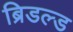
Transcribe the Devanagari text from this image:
ब्रिडल्ड